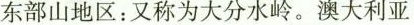
东部山地区：又称为大分水岭。澳大利亚